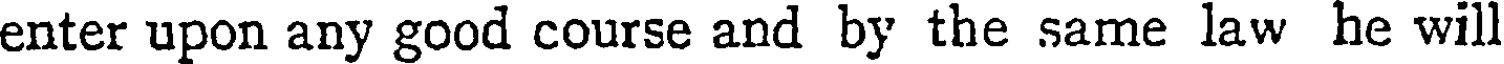
enter upon any good course and by the same law he will